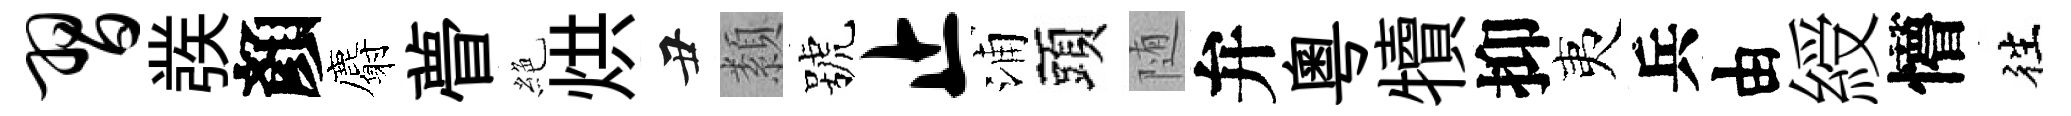
习彂顏麝瞢絶烘丑纇號止浦頭随弁粵犢抑夷兵由綬懵徃